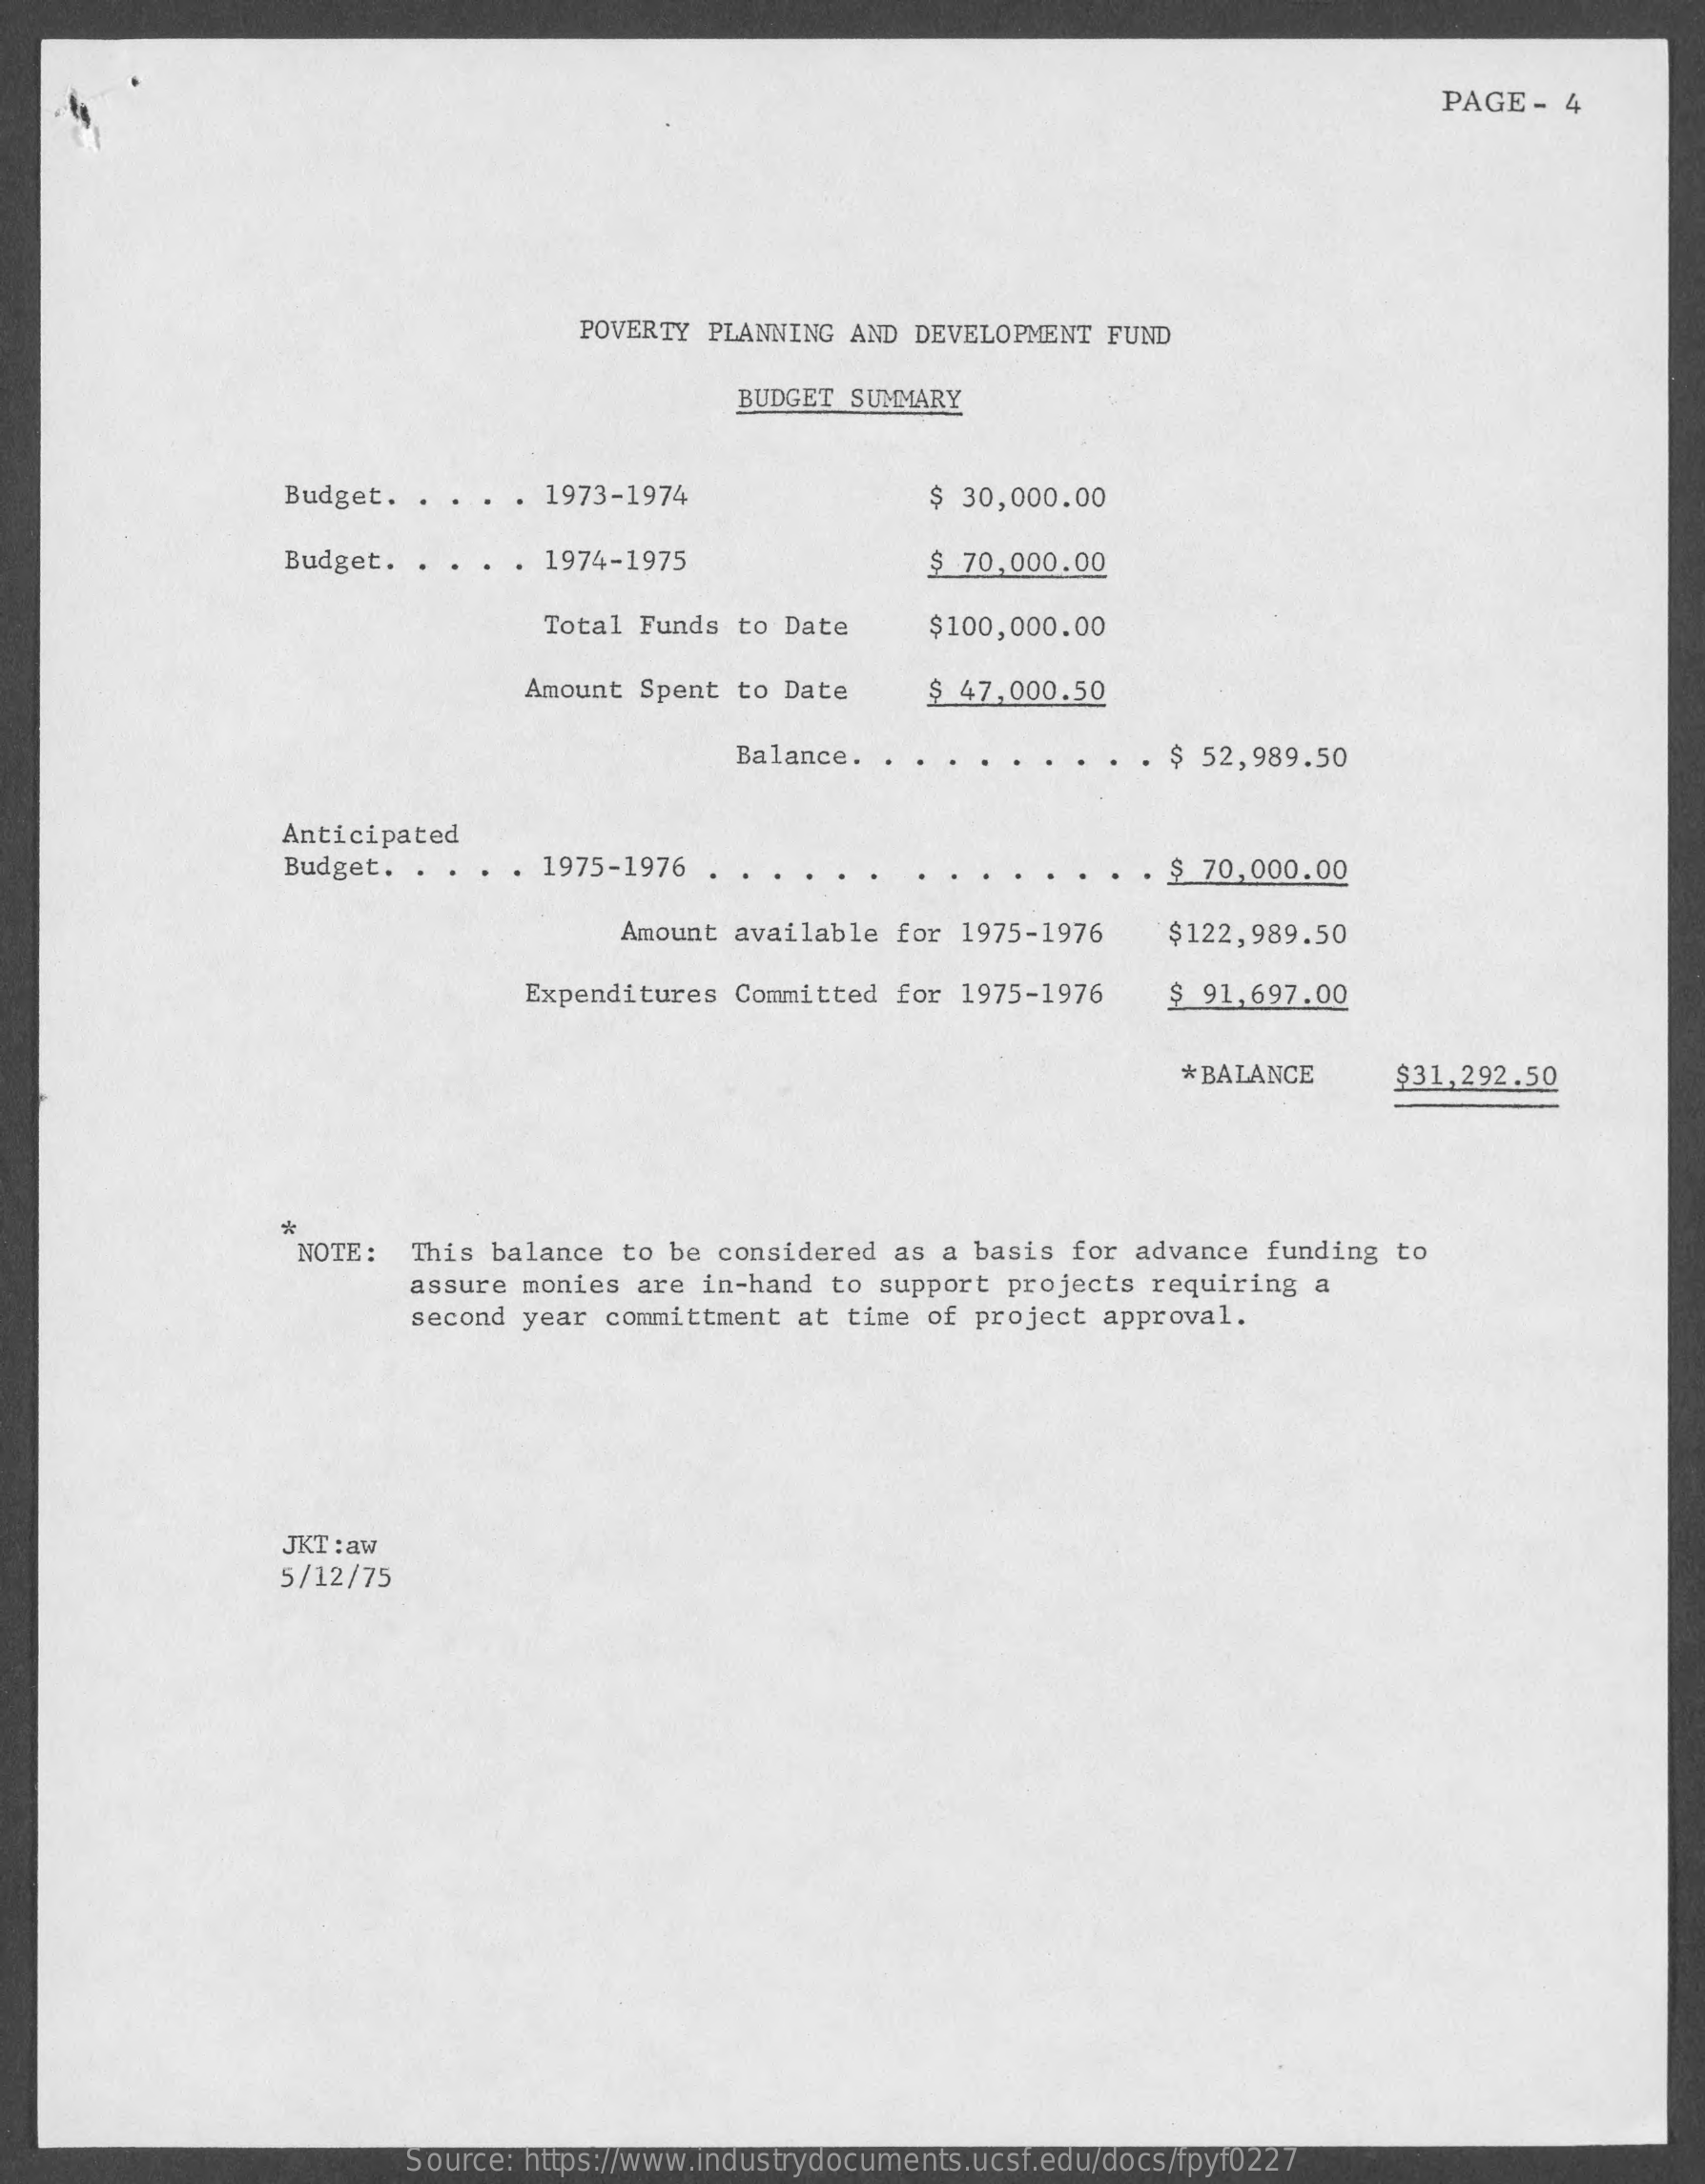
PAGE  -  4
     POVERTY PLANNING AND DEVELOPMENT  FUND
     BUDGET SUMMARY
     Budget.  . . . . 1973-1974    $ 30,000.00
     Budget.  . .   . 1974-1975    $ 70,000.00
     Total Funds  to Date    $100,000.00
     Amount Spent  to Date    $ 47,000.50
     Balance.    $ 52,989.50
     Anticipated
     Budget.  .    . 1975-1976    $ 70,000.00
     Amount  available for 1975-1976    $122,989.50
     Expenditures  Committed for 1975-1976    $  91,697.00
     * BALANCE    $31,292.50
     *
     NOTE:   This balance to be considered  as a basis  for advance  funding to
     assure monies are in-hand  to support  projects requiring  a
     second year committment  at time of  project approval.
     JKT : aw
     5/12/75
     Source: https://www.industrydocuments.ucsf.edu/docs/fpyf0227